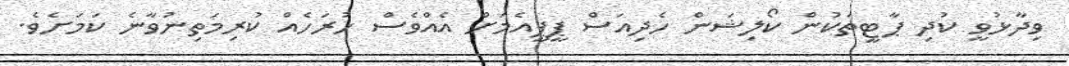
ވިދާޅުވީ ކުދި ޕާޓީތަކުން ކޯލިޝަން ހެދިއަސް ޕީޕީއެމަށް އެއްވެސް ހުރަހެއް ކުރިމަތިނުވާނެ ކަމަށެވެ.